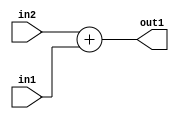
`timescale 1ps / 1ps
/*****************************************************************************
    Verilog RTL Description
    
    
    Created by: Stratus DpOpt 2019.1.01 
*******************************************************************************/

module st_weight_addr_gen_Add_16Ux6U_16U_4_11 (
	in2,
	in1,
	out1
	); /* architecture "behavioural" */ 
input [15:0] in2;
input [5:0] in1;
output [15:0] out1;
wire [15:0] asc001;

assign asc001 = 
	+(in2)
	+(in1);

assign out1 = asc001;
endmodule

/* CADENCE  ubLzTAk= : u9/ySgnWtBlWxVPRXgAZ4Og= ** DO NOT EDIT THIS LINE ******/